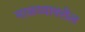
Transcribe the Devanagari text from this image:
माळव्यावरील